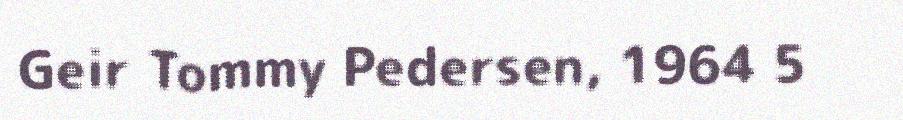
Geir Tommy Pedersen, 1964 5